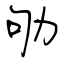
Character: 劬